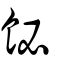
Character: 飶